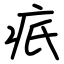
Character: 疧